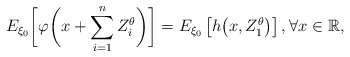
\begin{align*}E_{\xi_0} \biggl[\varphi\biggl(x+\sum_{i=1}^{n} Z_i^\theta\biggr)\biggr]=E_{\xi_0}\left[h\bigl(x,Z_1^\theta\bigr)\right], \forall x\in \mathbb R,\end{align*}